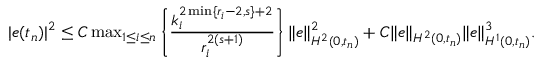
\begin{array} { r } { \begin{array} { l l l } { | e ( t _ { n } ) | ^ { 2 } \le C \operatorname* { m a x } _ { 1 \leq i \leq n } \left\{ \displaystyle \frac { k _ { i } ^ { 2 \operatorname* { m i n } \{ r _ { i } - 2 , s \} + 2 } } { r _ { i } ^ { 2 ( s + 1 ) } } \right\} \| e \| _ { H ^ { 2 } ( 0 , t _ { n } ) } ^ { 2 } + C \| e \| _ { H ^ { 2 } ( 0 , t _ { n } ) } \| e \| _ { H ^ { 1 } ( 0 , t _ { n } ) } ^ { 3 } . } \end{array} } \end{array}